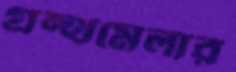
গ্রন্থমেলার